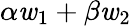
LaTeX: \alpha\mathit{w}_{1}+\beta\mathit{w}_{2}